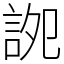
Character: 䛄